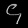
Digit: ၄